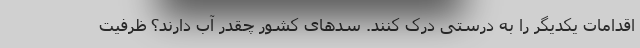
اقدامات یکدیگر را به درستی درک کنند. سدهای کشور چقدر آب دارند؟ ظرفیت